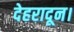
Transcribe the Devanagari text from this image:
देहरादून।